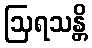
ဩရသန္တိ